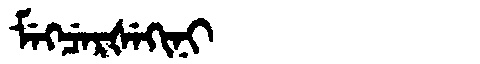
Manchu: ᠮᡝᡴᠴᡝᡵᡧᡝᡴᡳᠨᡳ
Romanization: MEKCERŠEKINI